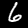
Digit: 6